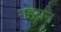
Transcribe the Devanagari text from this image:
गइयन